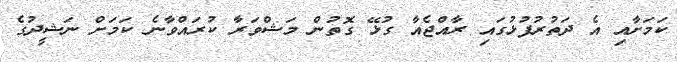
ކަމަށާއި އެ ދަތުރުފުޅުގައި ރާއްޖެއާ ގުޅޭ ގޮތުން މަޝްވަރާ ކުރައްވާނެ ކަމަށް ނަޝީދުގެ